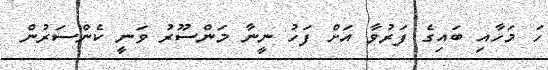
ހަ މަހާއި ބައިގެ ފަރުވާ އަށް ފަހު ނީނާ މަންސޫރު ވަނީ ކެންސަރުން